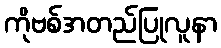
ကိုဗစ်အတည်ပြုလူနာ